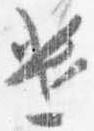
遣